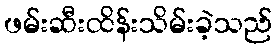
ဖမ်းဆီးထိန်းသိမ်းခဲ့သည်